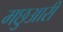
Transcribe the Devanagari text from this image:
मछुआरी